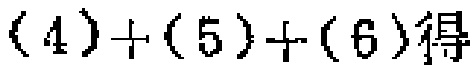
\((4)+(5)+(6)\)得